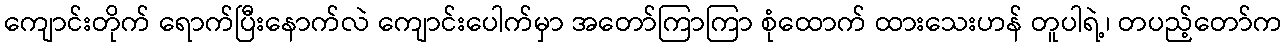
ကျောင်းတိုက် ရောက်ပြီးနောက်လဲ ကျောင်းပေါက်မှာ အတော်ကြာကြာ စုံထောက် ထားသေးဟန် တူပါရဲ့၊ တပည့်တော်က